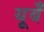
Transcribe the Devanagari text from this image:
यूर्बँ